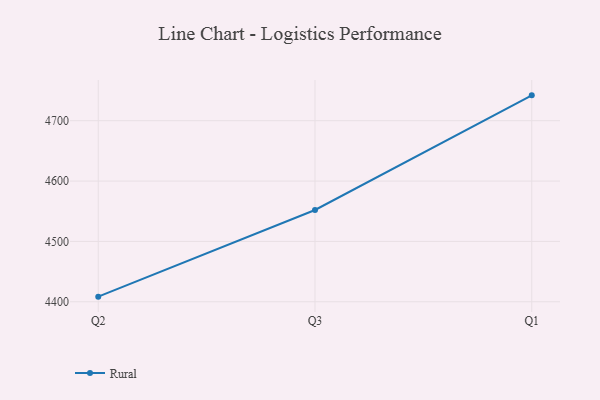
{"axis": {"x": "Quarter", "y": "Conversion Rate (%)"}, "legend": ["Rural"], "data": [{"x": "Q2", "y": 4408.5, "type": "Rural"}, {"x": "Q3", "y": 4552.1, "type": "Rural"}, {"x": "Q1", "y": 4742.0, "type": "Rural"}]}